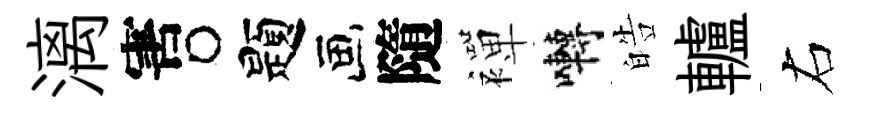
漓害题隨襌囀皓轤右